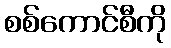
စစ်ကောင်စီကို